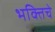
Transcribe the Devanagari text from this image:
भक्तिचे